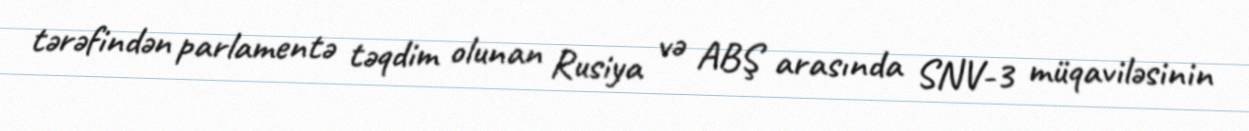
tərəfindən parlamentə təqdim olunan Rusiya və ABŞ arasında SNV-3 müqaviləsinin